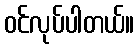
ဝင်လုပ်ပါတယ်။